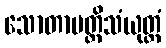
သောတာပတ္တိသံယုတ္တံ